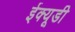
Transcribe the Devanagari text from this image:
ईक्यूडी